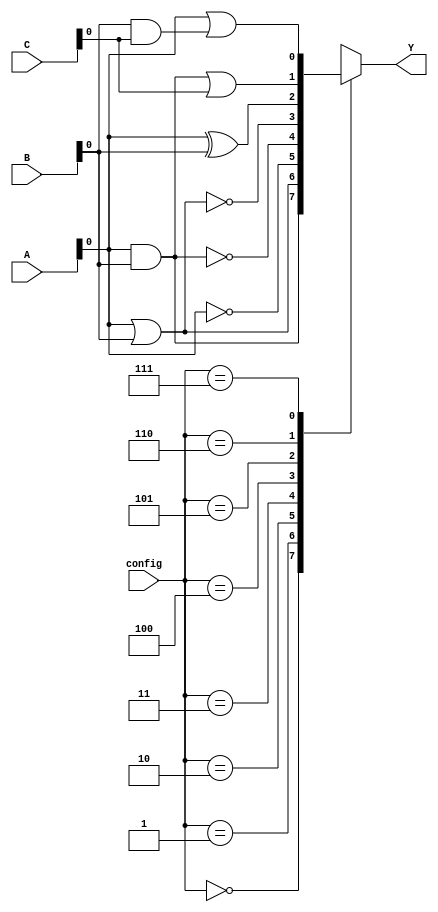
module CLB (
    input wire [2:0] A,          // 3 input pins
    input wire [2:0] B,          // 3 input pins
    input wire [2:0] C,          // 3 input pins
    input wire [2:0] config,     // Configuration bits for logic function
    output reg Y                 // Output pin
);

// Define the logic functions based on configuration bits
always @(*) begin
    case (config)
        3'b000: Y = A[0] & B[0];  // AND
        3'b001: Y = A[0] | B[0];  // OR
        3'b010: Y = ~A[0];        // NOT
        3'b011: Y = ~(A[0] & B[0]); // NAND
        3'b100: Y = ~(A[0] | B[0]); // NOR
        3'b101: Y = A[0] ^ B[0];  // XOR
        3'b110: Y = A[0] & B[0] | C[0]; // A AND B OR C
        3'b111: Y = A[0] | B[0] & C[0]; // A OR B AND C
        default: Y = 1'b0;         // Default case
    endcase
end

endmodule